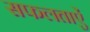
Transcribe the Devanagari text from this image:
सफलताऐं